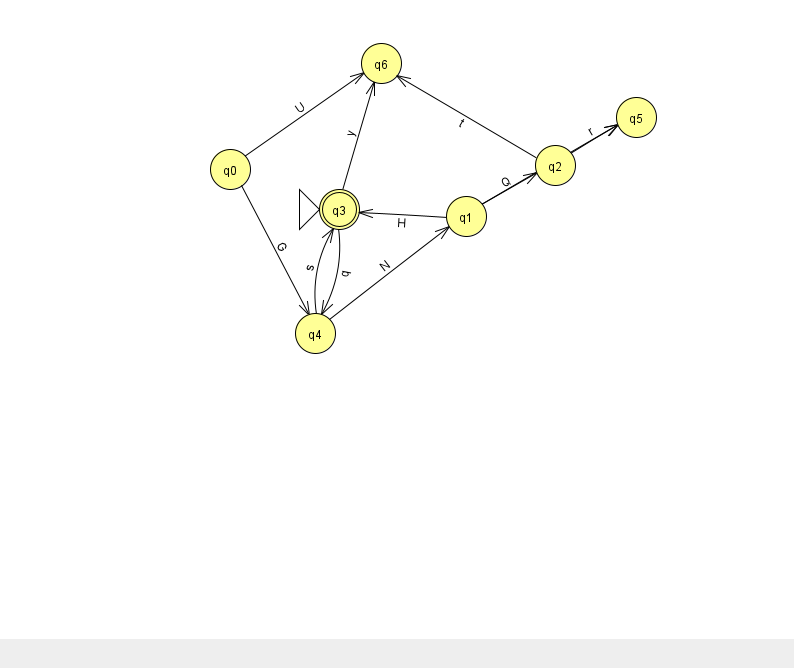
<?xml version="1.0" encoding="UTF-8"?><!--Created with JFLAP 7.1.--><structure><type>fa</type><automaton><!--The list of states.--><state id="0" name="q0"><x>230.0</x><y>156.0</y></state><state id="1" name="q1"><x>466.0</x><y>203.0</y></state><state id="2" name="q2"><x>555.0</x><y>152.0</y></state><state id="3" name="q3"><x>339.0</x><y>196.0</y><initial/><final/></state><state id="4" name="q4"><x>315.0</x><y>320.0</y></state><state id="5" name="q5"><x>636.0</x><y>104.0</y></state><state id="6" name="q6"><x>381.0</x><y>50.0</y></state><!--The list of transitions.--><transition><from>2</from><to>6</to><read>t</read></transition><transition><from>1</from><to>3</to><read>H</read></transition><transition><from>3</from><to>6</to><read>y</read></transition><transition><from>1</from><to>5</to><read>v</read></transition><transition><from>2</from><to>5</to><read>r</read></transition><transition><from>1</from><to>2</to><read>Q</read></transition><transition><from>0</from><to>4</to><read>G</read></transition><transition><from>4</from><to>1</to><read>N</read></transition><transition><from>0</from><to>6</to><read>U</read></transition><transition><from>3</from><to>4</to><read>q</read></transition><transition><from>4</from><to>3</to><read>s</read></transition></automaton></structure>